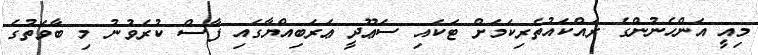
މިއީ އަންހެނުންގެ ރައްކައުތެރިކަމަށް ޓަކައި ސަޢޫދީ ޢަރަބިއްޔާގައި ފާސް ކުރެވުނު މި ބާވަތުގެ